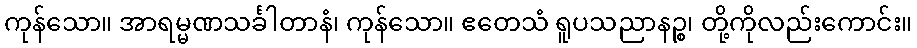
ကုန်သော။ အာရမ္မဏသင်္ခါတာနံ၊ ကုန်သော။ ဧတေသံ ရူပသညာနဉ္စ၊ တို့ကိုလည်းကောင်း။